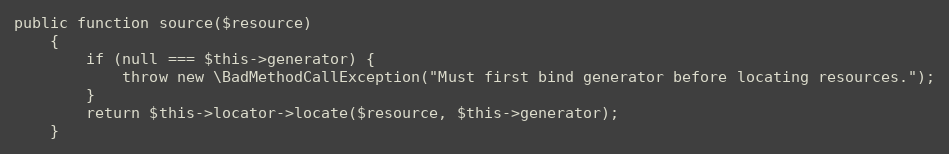
Language: PHP
public function source($resource)
    {
        if (null === $this->generator) {
            throw new \BadMethodCallException("Must first bind generator before locating resources.");
        }
        return $this->locator->locate($resource, $this->generator);
    }